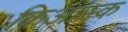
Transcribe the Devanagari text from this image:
किआस्क